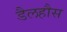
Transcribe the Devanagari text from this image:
डैलहौस